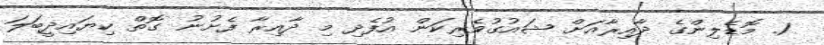
1. މޮޑެލިންގެ ދާއިރާއަށް ޝައުގުވެރިކަން އުފެދި މި ދާއިރާ ފެށުނު ގޮތް ކިޔައިދީބަލަ